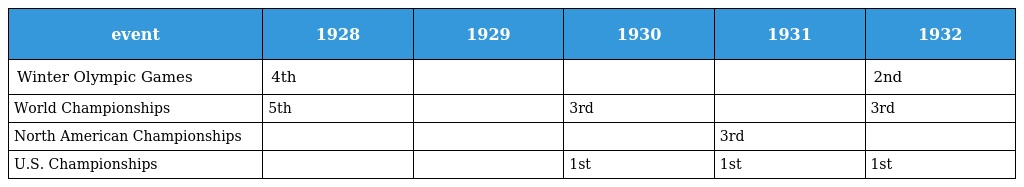
| event | 1928 | 1929 | 1930 | 1931 | 1932 |
 | --- | --- | --- | --- | --- | --- |
 | Winter Olympic Games | 4th |  |  |  | 2nd |
 | World Championships | 5th |  | 3rd |  | 3rd |
 | North American Championships |  |  |  | 3rd |  |
 | U.S. Championships |  |  | 1st | 1st | 1st |